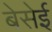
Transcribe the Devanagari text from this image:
बेसेई